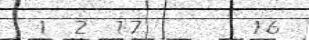
1 2 17     16